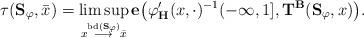
LaTeX: \begin{align*} \tau(\mathbf{S}_{\varphi}, \bar x)=\limsup_{x\stackrel{{\rm bd}(\mathbf{S}_{\varphi})}\longrightarrow \bar x}\mathbf{e}\big(\varphi'_\mathbf{H}(x,\cdot)^{-1}(-\infty, 1], \mathbf{T}^\mathbf{B}(\mathbf{S}_{\varphi}, x)\big).\end{align*}